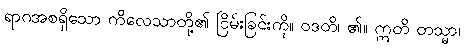
ရာဂအစရှိသော ကိလေသာတို့၏ ငြိမ်းခြင်းကို။ ဝဒတိ၊ ၏။ ဣတိ တသ္မာ၊